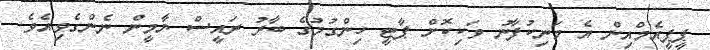
ޕީޕީއެމްއިން އެ މަނިކުފާނު ވަކިކޮށް ޕާޓީ ހިންގުމުގެ ބާރު ރައީސް ޔާމީން ނެންގެވިއެވެ.